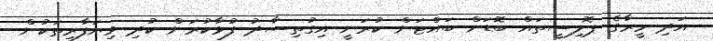
އަދި މީރާގެ ޕޮލިސީތައް ބޮޑަށް ބައްޓަން ކުރަނީ އިގުތިސާދު ފުޅާކުރަން ކުދި ވިޔަފާރިތަކުން